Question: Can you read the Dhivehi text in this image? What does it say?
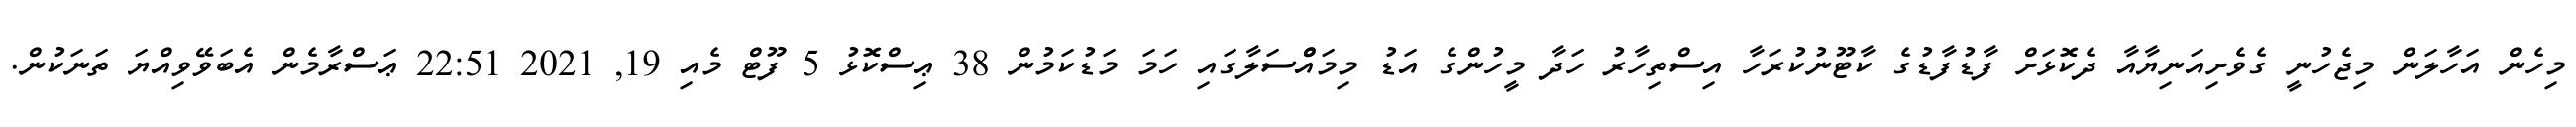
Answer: މިހެން އަހާލަން މިޖެހުނީ ގެވެށިއަނިޔާއާ ދެކޮޅަށް ފާޑުފާޑުގެ ކާޓޫނުކުރަހާ އިސްތިހާރު ހަދާ މީހުންގެ އަޑު މިމައްްސަލާގައި ހަމަ މަޑުކަމުން 38 ޢިސްކޮޅު 5 ފޫޓް މެއި 19, 2021 22:51 ޢަސްރާމެން އެބަވޭވިއްޔަ ތަނަކުން.